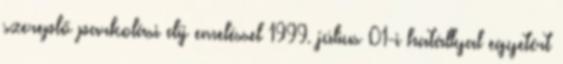
szereplő parkolási díj emeléssel 1999. július 01-i hatállyal egyetért